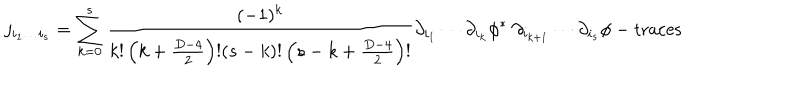
j _ { i _ { 1 } \ldots i _ { s } } = \sum _ { k = 0 } ^ { s } { \frac { ( - 1 ) ^ { k } } { k ! \left( k + { \frac { D - 4 } { 2 } } \right) ! ( s - k ) ! \left( s - k + { \frac { D - 4 } { 2 } } \right) ! } } \partial _ { i _ { 1 } } \cdots \partial _ { i _ { k } } \phi ^ { * } \; \partial _ { i _ { k + 1 } } \cdots \partial _ { i _ { s } } \phi - \mathrm { t r a c e s }